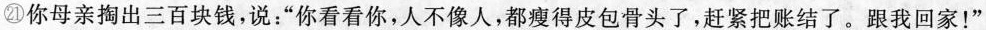
㉑你母亲掏出三百块钱,说:“你看看你,人不像人,都瘦得皮包骨头了,赶紧把账结了。跟我回家!”